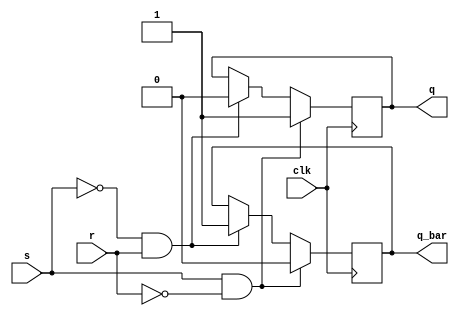
module sr_flipflop (
    input wire clk,
    input wire s,
    input wire r,
    output reg q,
    output reg q_bar
);

always @(posedge clk) begin
    if (s == 1 && r == 0) begin
        q <= 1;
        q_bar <= 0;
    end else if (s == 0 && r == 1) begin
        q <= 0;
        q_bar <= 1;
    end else begin
        // Hold current state
    end
end

endmodule